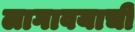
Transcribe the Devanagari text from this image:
लागावयाची